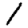
Digit: 1